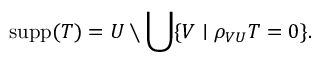
\operatorname { s u p p } ( T ) = U \setminus \bigcup \{ V \mid \rho _ { V U } T = 0 \} .